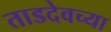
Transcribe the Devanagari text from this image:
ताडदेवच्या